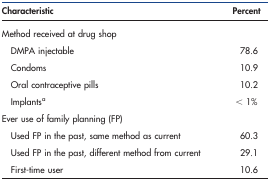
<table><thead><tr><td><b>Characteristic</b></td><td><b>Percent</b></td></tr></thead><tbody><tr><td>Method received at drug shop</td><td></td></tr><tr><td> DMPA injectable</td><td>78.6</td></tr><tr><td> Condoms</td><td>10.9</td></tr><tr><td> Oral contraceptive pills</td><td>10.2</td></tr><tr><td> Implantsa</td><td>&lt; 1%</td></tr><tr><td>Ever use of family planning (FP)</td><td></td></tr><tr><td> Used FP in the past, same method as current</td><td>60.3</td></tr><tr><td> Used FP in the past, different method from current</td><td>29.1</td></tr><tr><td> First-time user</td><td>10.6</td></tr></tbody></table>